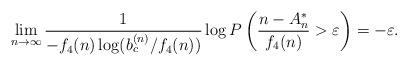
LaTeX: \begin{align*}\lim_{n\to\infty}\frac{1}{-f_4(n)\log (b_c^{(n)}/f_4(n))}\log P\left(\frac{n-A_n^*}{f_4(n)}>\varepsilon\right)=-\varepsilon.\end{align*}